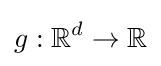
g:\mathbb {R} ^{d}\rightarrow \mathbb {R}